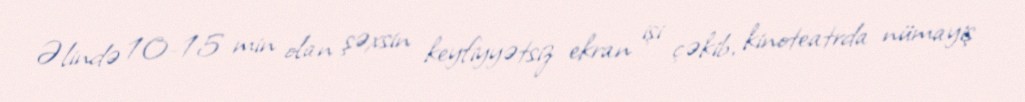
Əlində 10-15 min olan şəxsin keyfiyyətsiz ekran işi çəkib, kinoteatrda nümayiş